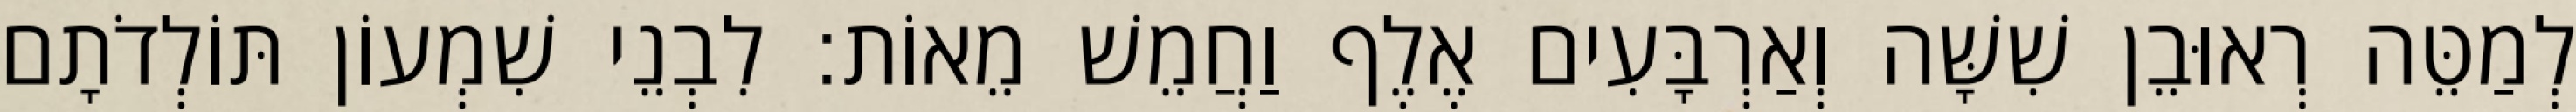
לְמַטֵּה רְאוּבֵן שִׁשָּׁה וְאַרְבָּעִים אֶלֶף וַחֲמֵשׁ מֵאוֹת׃ לִבְנֵי שִׁמְעוֹן תּוֹלְדֹתָם